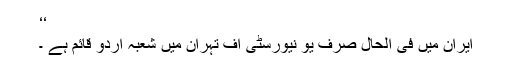
‘‘
ایران میں فی الحال صرف یو نیورسٹی آف تہران میں شعبہ اردو قائم ہے ۔